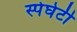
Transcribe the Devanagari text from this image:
स्पेघेटी